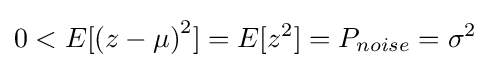
0<E[\left(z-\mu \right)^{2}]=E[z^{2}]=P_{noise}=\sigma ^{2}